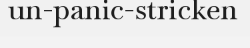
un-panic-stricken